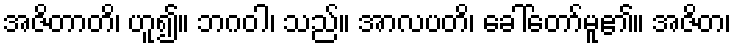
အဇိတာတိ၊ ဟူ၍။ ဘဂဝါ၊ သည်။ အာလပတိ၊ ခေါ်တော်မူ၏။ အဇိတ၊